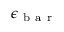
\epsilon _ { \mathrm { ~ b ~ a ~ r ~ } }